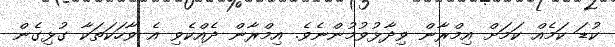
ކުޑަ ކަމެއް ކަމަށް އިމްރާން ވިދާޅުވުމުންނެވެ. އިމްރާން ދެއްކެވި އެ ވާހަކަތަކާ ގުޅިގެން